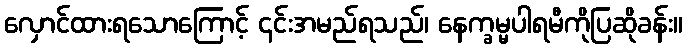
လှောင်ထားရသောကြောင့် ၎င်းအမည်ရသည်၊ နေက္ခမ္မပါရမီကိုပြဆိုခန်း။